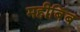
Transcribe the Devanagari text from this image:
महीबिंब